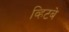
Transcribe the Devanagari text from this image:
व्हिटबे